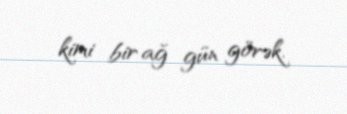
kimi bir ağ gün görək.